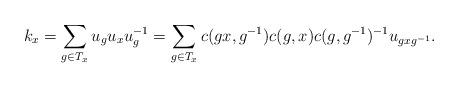
LaTeX: \begin{align*} k_x = \sum_{g\in T_x} u_g u_x u_g^{-1} = \sum_{g\in T_x}c(gx,g^{-1})c(g,x)c(g,g^{-1})^{-1} u_{gxg^{-1}}.\end{align*}